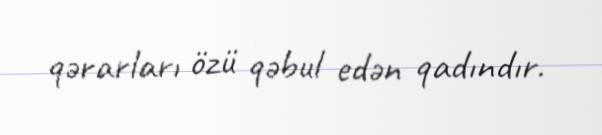
qərarları özü qəbul edən qadındır.